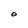
Character: O